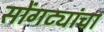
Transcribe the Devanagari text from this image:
सोंगट्यांचा